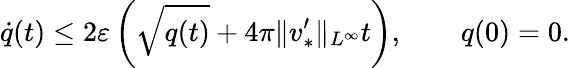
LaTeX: \dot{q}(t)\leq 2\varepsilon\left(\sqrt{q(t)}+4\pi\| v_{*}^{\prime}\| _{L^{\infty}}t\right),\qquad q(0)=0.